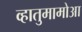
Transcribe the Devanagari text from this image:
व्हातुमामोआ